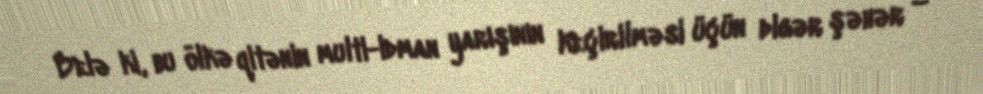
Belə ki, bu ölkə qitənin multi-idman yarışının keçirilməsi üçün digər şəhər –